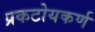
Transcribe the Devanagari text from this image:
प्रकटोयकर्ण